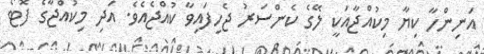
އަނިންހާ ކިޔާ މިކުއްޖާއަކީ ލޭގެ ކެންސަރު ޖެހިފައިވާ ކުއްޖެއެވެ. އަދި މިކުއްޖާގެ ފޮޓޯ